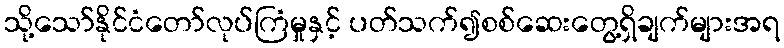
သို့သော်နိုင်ငံတော်လုပ်ကြံမှုနှင့် ပတ်သက်၍စစ်ဆေးတွေ့ရှိချက်များအရ